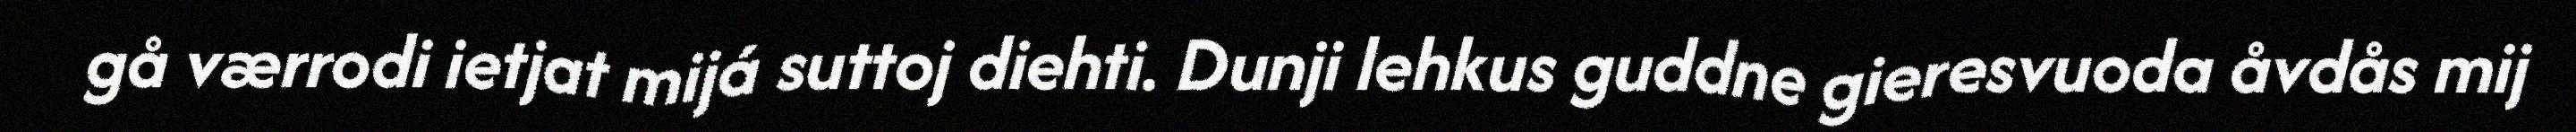
gå værrodi ietjat mijá suttoj diehti. Dunji lehkus guddne gieresvuoda åvdås mij